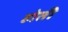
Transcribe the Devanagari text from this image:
हाेती